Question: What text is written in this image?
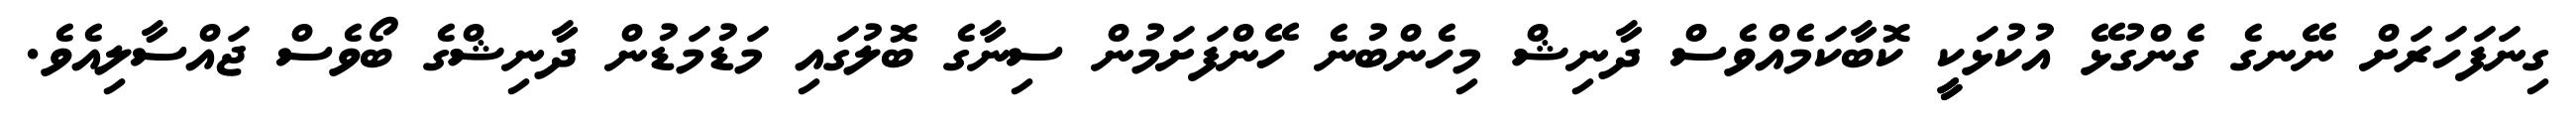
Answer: ގިނަފަހަރަށް ނޭނގެ ގެންގުޅޭ އުކުޅަކީީ ކޮބާކަމެއްވެސް ދާނިޝް މިހެންބުނެ ހޭންފަށަމުން ސިނާގެ ބޮލުގައި މަޑުމަޑުން ދާނިޝްގެ ބޯވެސް ޖައްސާލިއެވެ.